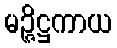
မဉ္ဇိဋ္ဌကာယ